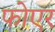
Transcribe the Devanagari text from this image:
फोएर